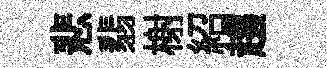
悲翡榭紹趨